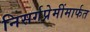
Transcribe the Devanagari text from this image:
निसर्गप्रेमींमार्फत